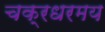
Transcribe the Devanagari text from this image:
चक्रधरमय